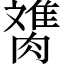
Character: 𰯋